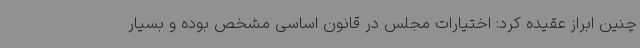
چنین ابراز عقیده کرد: اختیارات مجلس در قانون اساسی مشخص بوده و بسیار